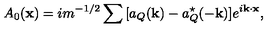
A _ { 0 } ( { \bf x } ) = i m ^ { - 1 / 2 } \sum { } [ a _ { Q } ( { \bf k } ) - a _ { Q } ^ { \star } ( - { \bf k } ) ] e ^ { i { \bf k \cdot x } } ,